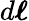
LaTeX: d{\boldsymbol{\ell}}